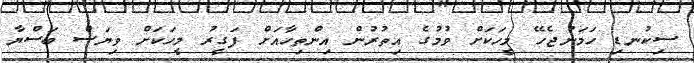
ސިކުނޑި ހަމަނުޖެހޭ މީހަކަށް ވުމުގެ އިތުރުން އިންތިހާއަށް ފަގީރު މީހަކަށް ވިޔަސް ބަސްޔާ